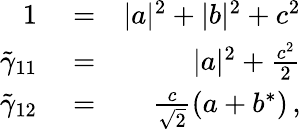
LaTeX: \begin{array}{rlr}{1}&{{}=}&{|a|^{2}+|b|^{2}+c^{2}}\\ {\tilde{\gamma}_{11}}&{{}=}&{|a|^{2}+\frac{c^{2}}{2}}\\ {\tilde{\gamma}_{12}}&{{}=}&{\frac{c}{\sqrt{2}}\left(a+b^{*}\right)\, ,}\end{array}